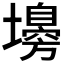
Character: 𡒳